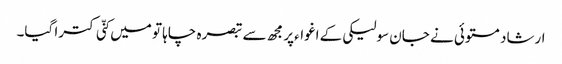
ارشاد مستوئی نے جان سولیکی کے اغواءپر مجھ سے تبصرہ چاہا تو میں کنّی کترا گیا۔